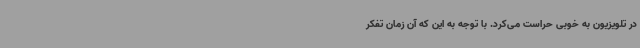
در تلویزیون به خوبی حراست می‌کرد. با توجه به این که آن زمان تفکر